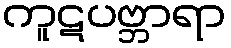
ကူဋပဗ္ဘာရာ